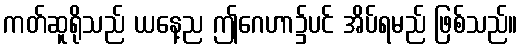
ကတ်ဆူရိုသည် ယနေ့ည ဤဂေဟာ၌ပင် အိပ်ရမည် ဖြစ်သည်။